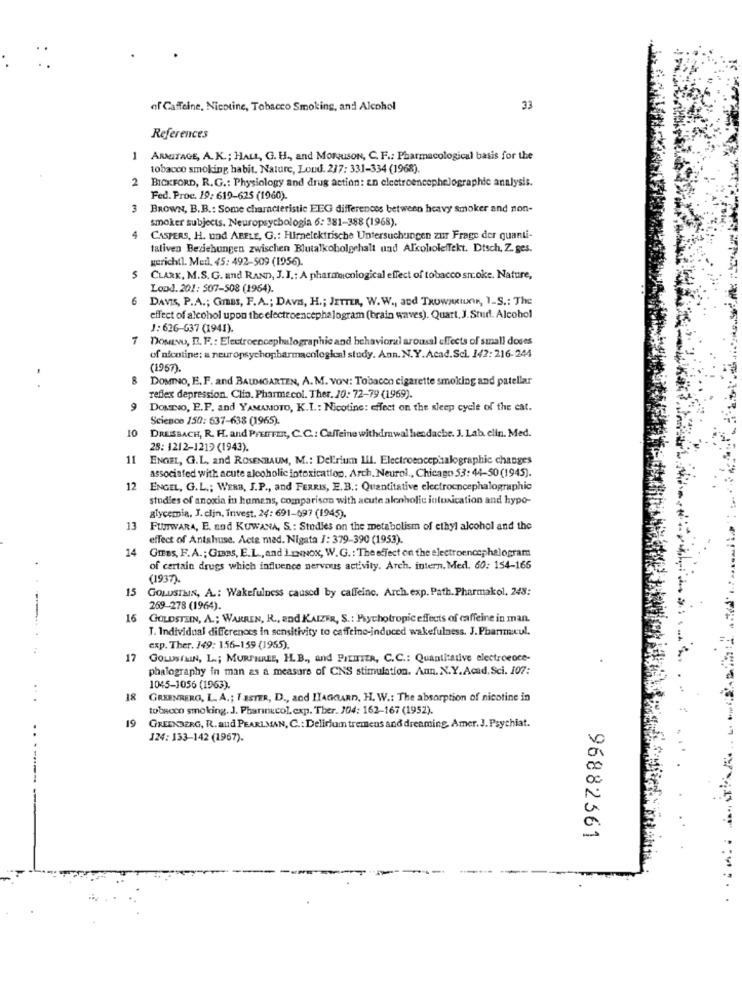
of Caffeine, Nicotine, Tobacco Smoking, and Alcohol
33
References
1 ARMITAGE, A.K .; HALL, G. H ., and MONUsON, C. F .: Pharmacological basis for the
tobacco smoking habit. Nature, Loud. 237: 331-334 (1968)
2 BICKFORD, R. G .: Physiology and drug action: en electroencephelographie analysis.
Fed. Proc. 19: 619-625 (1960).
BROWN, B.B .: Some characteristic EEG differences between heavy smoker and non-
smoker subjects. Neuropsychologia 6: 381-388 (1968).
4
CASPERS, H. und ABELE, G .: Hirelektrische Untersuchungen zur Frage der quanti-
tativen Beziehungen zwischen Blutalkoholgehalt und Alcoholeffekt. Dtsch, Z. ges.
gerichtl. Med. 45: 492-509 (1956).
5 CLARK, M.S. G. and RAND, J.J .: A pharmmicological effect of tobacco snoke. Nature,
Lood. 201: 507-508 (1964).
6
DAVIS, P.A .; Gmas, F.A .; DAVA, H .; JETTER, W.W ., and TROWSKIUr, I-S .: The
effect of alcohol upon the electroencephalogram (brain waves). Quart, J. Sturl. Alcohol
J: 626-637 (1941).
7 DOMENO, D. F .: Electroencephalographic and behavioral arousal effects of small doses
of nicotine: a neuropsychopharmacological study. Ann. N.Y.Acad.Scl. 142: 216-244
(1957).
8
DOMINO, E. F. and BAUMGARTEN, A. M. VON: Tobacco cigarette smoking and patellar
reflex depression. Clio. Pharmecol. Ther. 20: 72-79 (1969).
9
DOMINO, E.P. and YAMAMOTO, K.I .: Nicotine: effect on the sleep cycle of the cat.
Science 150: 637-638 (1965).
10
DRESBACH, R. F. and PFEIFFER, C.C .: Caffeine withdrawal headache. J. Lab. elin. Med.
28: 1212-1219 (1943).
11
ENGEL, G.L. and ROSENBAUM, M .: Delirium III. Electroencephalographic changes
associated with acute alcoholic intoxication. Arch. Neurol ., Chicago 53: 44-50 (1945).
12
ENGEL, G.L .; WERB, J.P ., and FERRIS, E.B .: Quantitative electroencephalographic
studies of anoxia in homens, comparison with acute alcoholic intoxication and hypo-
glycemia. J. clin, Invest. 24: 691-097 (1945).
13
FUJIWARA, E. and KUWANA, S .: Studies on the metabolism of ethyl alcohol and the
effect of Antshuse. Acte mad. Nigata J: 379-390 (1953).
14
GIEBS, F. A .; GIBBS, E.L ., and LENNOX, W. G. : The effect on the electroencephalogram
of certain drugs which influence nervous activity. Arch. intern. Med. 60: 154-165
(1937)
15
GOLUSTHIN, A .: Wakefulness caused by caffeine. Arch. exp. Path. Pharmakol, 248:
269-278 (1964).
16
GOLDSTEIN, A .; WARREN, R ., and KAIZER, S .: Psychotropic effects of caffeine in man.
T. Individual differences in sensitivity to caffeine-induced wakefulness. J. Pharmmacul.
exp. Ther. 149: 156-159 (1955).
17 GOLDSIMIN, L .; MURTHREE, HL.B ., and PIEITER, C.C .: Quantitative electroence-
phalography in man as a measure of CNS stimulation. Ann. N.Y.Acad.Sci. 107:
1045-1056 (1963).
18
GREENRERG, L. A .; I ISTER, D ., and IYAGCARD, H. W .: The absorption of nicotine in
tobacco smoking. J. Pharmnucol. exp. Ther. 104: 162-167 (1952).
19
GREENBERG, R. and PEARLMAN, C .: Delirium tremens and dreaming, Amer. J. Psychiat.
124: 133-142 (1967).
96882361
:: W. . .